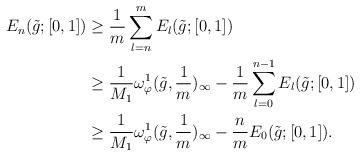
LaTeX: \begin{align*}E_{n}(\tilde{g};[0,1]) &\ge \frac{1}{m}\sum_{l=n}^{m}E_{l}(\tilde{g};[0,1]) \\&\ge \frac{1}{M_1}\omega_{\varphi}^1(\tilde{g},\frac{1}{m})_\infty - \frac{1}{m}\sum_{l=0}^{n-1}E_{l}(\tilde{g};[0,1]) \\&\ge \frac{1}{M_1}\omega_{\varphi}^1(\tilde{g},\frac{1}{m})_\infty - \frac{n}{m}E_{0}(\tilde{g};[0,1]).\end{align*}